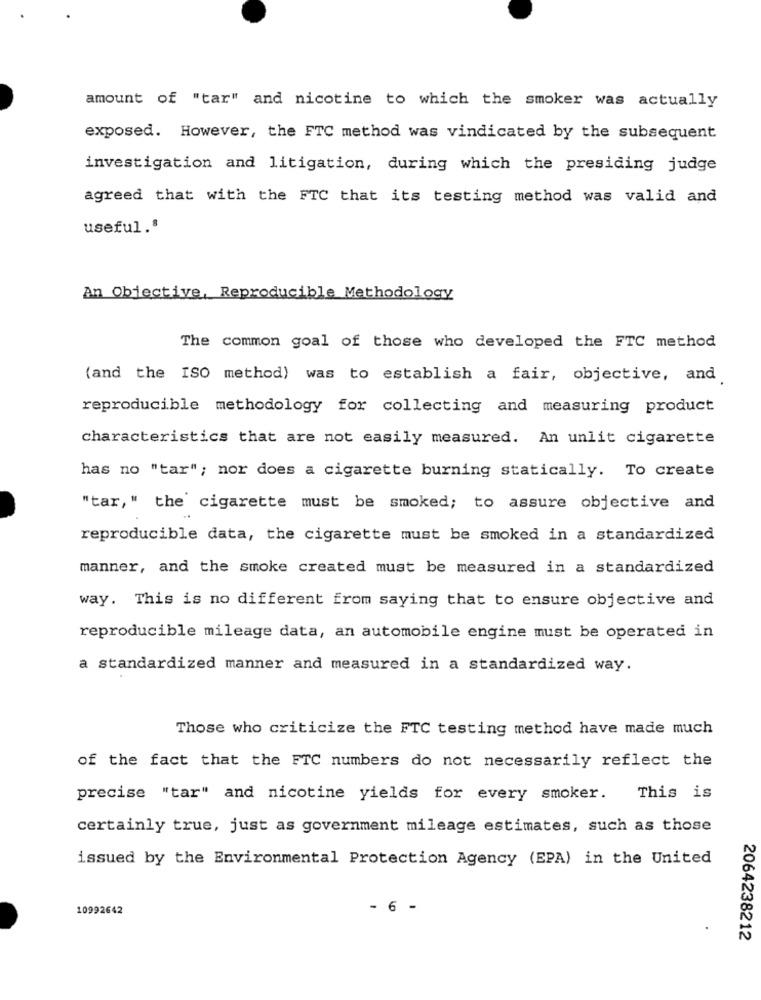
amount of "tar" and nicotine to which the smoker was actually
exposed. However, the FTC method was vindicated by the subsequent
investigation and litigation, during which the presiding judge
agreed that with the FTC that its testing method was valid and
useful.ª
An Objective, Reproducible Methodology
The common goal of those who developed the FTC method
(and the ISO method) was to establish a fair, objective, and
reproducible methodology for collecting and measuring product
characteristics that are not easily measured. An unlit cigarette
has no "tar"; nor does a cigarette burning statically. To create
"tar," the cigarette must be smoked; to assure objective and
reproducible data, the cigarette must be smoked in a standardized
manner, and the smoke created must be measured in a standardized
way. This is no different from saying that to ensure objective and
reproducible mileage data, an automobile engine must be operated in
a standardized manner and measured in a standardized way.
Those who criticize the FTC testing method have made much
of the fact that the FTC numbers do not necessarily reflect the
precise "tar" and nicotine yields for every smoker.
This is
certainly true, just as government mileage estimates, such as those
issued by the Environmental Protection Agency (EPA) in the United
10992642
- 6 -
2064238212